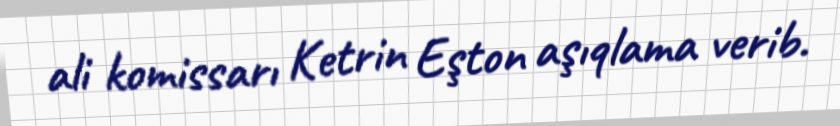
ali komissarı Ketrin Eşton aşıqlama verib.